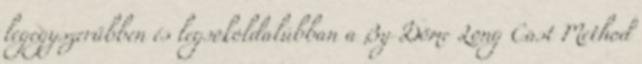
legegyszerűbben és legsokoldalúbban a By Döme Long Cast Method